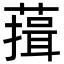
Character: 䔱